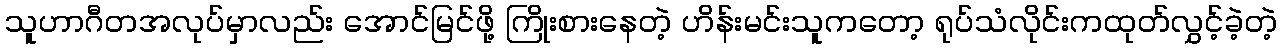
သူဟာဂီတအလုပ်မှာလည်း အောင်မြင်ဖို့ ကြိုးစားနေတဲ့ ဟိန်းမင်းသူကတော့ ရုပ်သံလိုင်းကထုတ်လွှင့်ခဲ့တဲ့